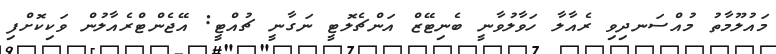
މައުލޫމާތު މުއްސަނދިވި ރެއާލާ ހަވާލުވާނީ ބެނިޓޭޒް އަންޗެލޮޓީ ނަގާނީ ޗުއްޓީ: އޭޖެންޓްރެއާލުން ވަކިކޮށްފި